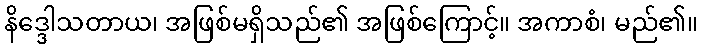
နိဒ္ဒေါသတာယ၊ အဖြစ်မရှိသည်၏ အဖြစ်ကြောင့်။ အကာစံ၊ မည်၏။